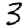
Digit: 3